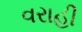
વરાહી